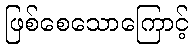
ဖြစ်စေသောကြောင့်